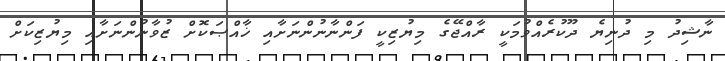
ނާޝިދު މި ދުނިޔެ ދޫކުރެއްވުމަކީ ރާއްޖޭގެ މިޔުޒިކީ ފަންނާނުންނަށާއި ޚާއްޞަކޮށް ޒުވާނުންނަށާއި މިޔުޒިކަށް